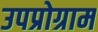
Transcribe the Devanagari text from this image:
उपप्रोग्राम